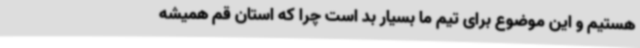
هستیم و این موضوع برای تیم ما بسیار بد است چرا که استان قم همیشه